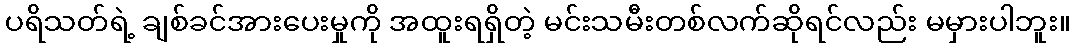
ပရိသတ်ရဲ့ ချစ်ခင်အားပေးမှုကို အထူးရရှိတဲ့ မင်းသမီးတစ်လက်ဆိုရင်လည်း မမှားပါဘူး။